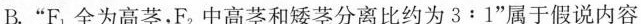
B.”F_{1}全为高茎，F_{2}中高茎和矮茎分离比约为3:1”属于假说内容